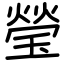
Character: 瑩